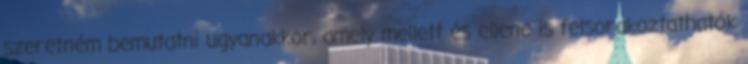
szeretném bemutatni ugyanakkor, amely mellett és ellene is felsorakoztathatók